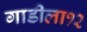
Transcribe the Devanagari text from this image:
गाडीला१२